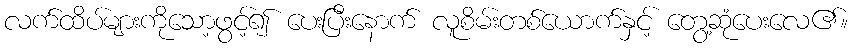
လက်ထိပ်များကိုသော့ဖွင့်၍ ပေးပြီးနောက် လူစိမ်းတစ်ယောက်နှင့် တွေ့ဆုံပေးလေ၏။